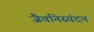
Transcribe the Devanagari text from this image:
जैवनिस्यंदन